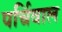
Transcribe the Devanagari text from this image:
पर्चिवाल